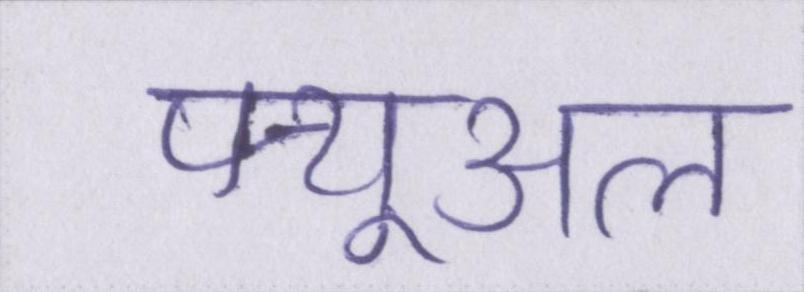
फ्यूअल